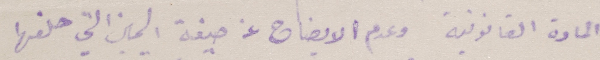
المادة القانونية وعدم الايضاح عن صيغة اليمين التي حلفها